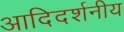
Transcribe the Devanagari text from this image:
आदिदर्शनीय